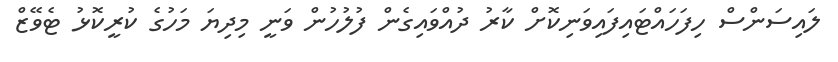
ލައިސަންސް ހިފަހައްޓައިފައިވަނިކޮށް ކާރު ދުއްވައިގެން ފުލުހުން ވަނީ މިދިޔަ މަހުގެ ކުރީކޮޅު ޓެވޭޒް